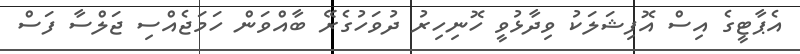
އެޕާޓީގެ އިސް އޮފިޝަލަކު ވިދާޅުވީ ހޮނިހިރު ދުވަހުގެރޭ ބާއްވަން ހަމަޖެއްސި ޖަލްސާ ފަސް